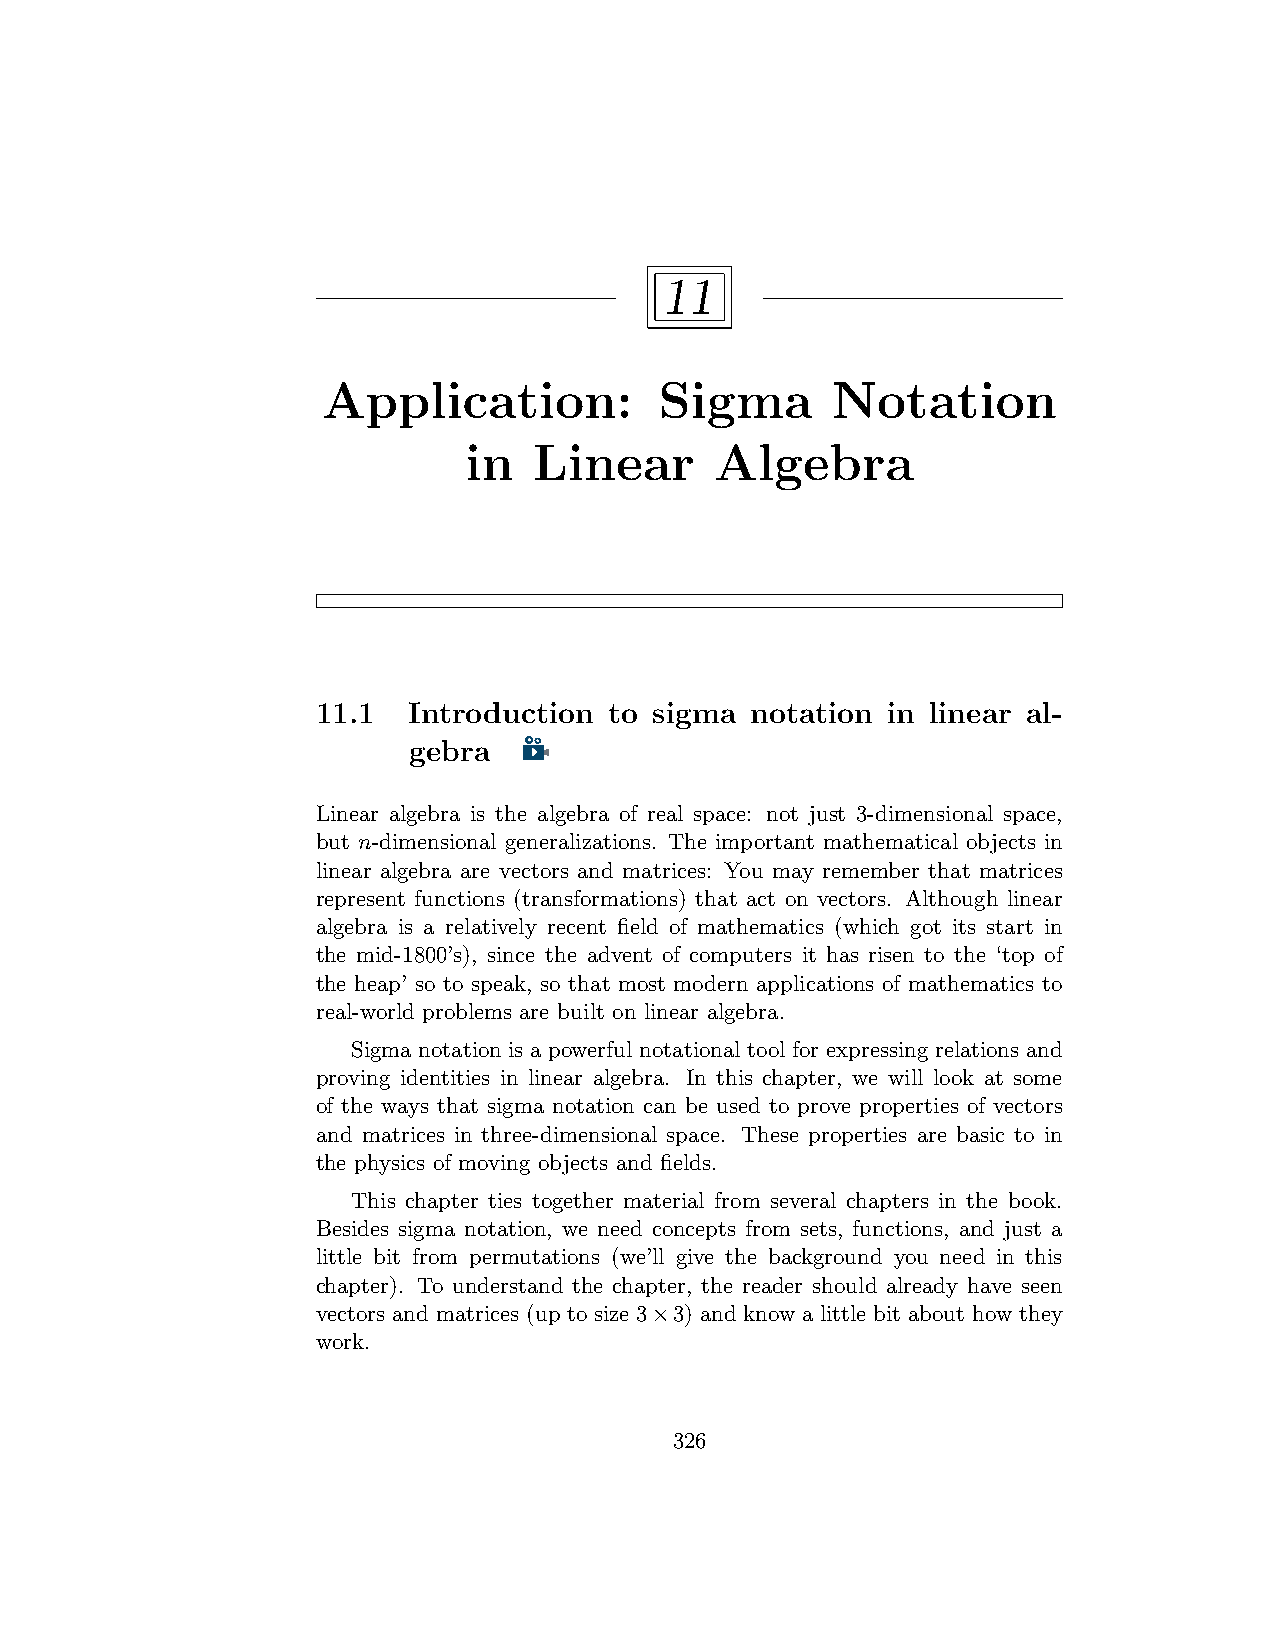
11
 Application:           Sigma      Notation
 in  Linear      Algebra
 11.1  Introduction to sigma  notation in linear al-
 gebra
 Linear algebra is the algebra of real space: not just 3-dimensional space,
 but n-dimensional generalizations. The important mathematical objects in
 linear algebra are vectors and matrices: You may remember that matrices
 represent functions (transformations) that act on vectors. Although linear
 algebra is a relatively recent field of mathematics (which got its start in
 the mid-1800’s), since the advent of computers it has risen to the ‘top of
 the heap’ so to speak, so that most modern applications of mathematics to
 real-world problems are built on linear algebra.
 Sigma notation is a powerful notational tool for expressing relations and
 proving identities in linear algebra. In this chapter, we will look at some
 of the ways that sigma notation can be used to prove properties of vectors
 and matrices in three-dimensional space. These properties are basic to in
 the physics of moving objects and fields.
 This chapter ties together material from several chapters in the book.
 Besides sigma notation, we need concepts from sets, functions, and just a
 little bit from permutations (we’ll give the background you need in this
 chapter). To understand the chapter, the reader should already have seen
 vectors and matrices (up to size 3×3) and know a little bit about how they
 work.
 326